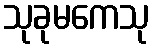
သုခုမကေသု